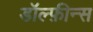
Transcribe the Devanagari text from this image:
डॉल्फ़ीन्स